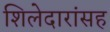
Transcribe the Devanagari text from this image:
शिलेदारांसह